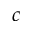
c